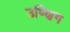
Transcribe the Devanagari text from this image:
उष्णिग